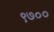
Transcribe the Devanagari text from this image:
९७००